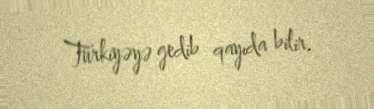
Türkiyəyə gedib qayıda bilir.